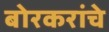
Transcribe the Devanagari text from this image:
बोरकरांचे